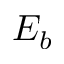
E _ { b }